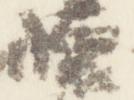
懐